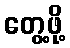
တွေ့ဖို့